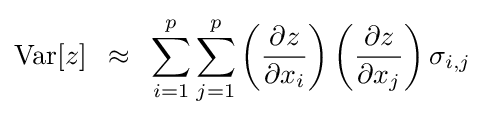
{\rm {Var}}[z]\,\,\,\approx \,\,\,\sum \limits _{i=1}^{p}{\sum \limits _{j=1}^{p}{\left({\frac {\partial z}{\partial x_{i}}}\right)}}\left({\frac {\partial z}{\partial x_{j}}}\right)\sigma _{i,j}